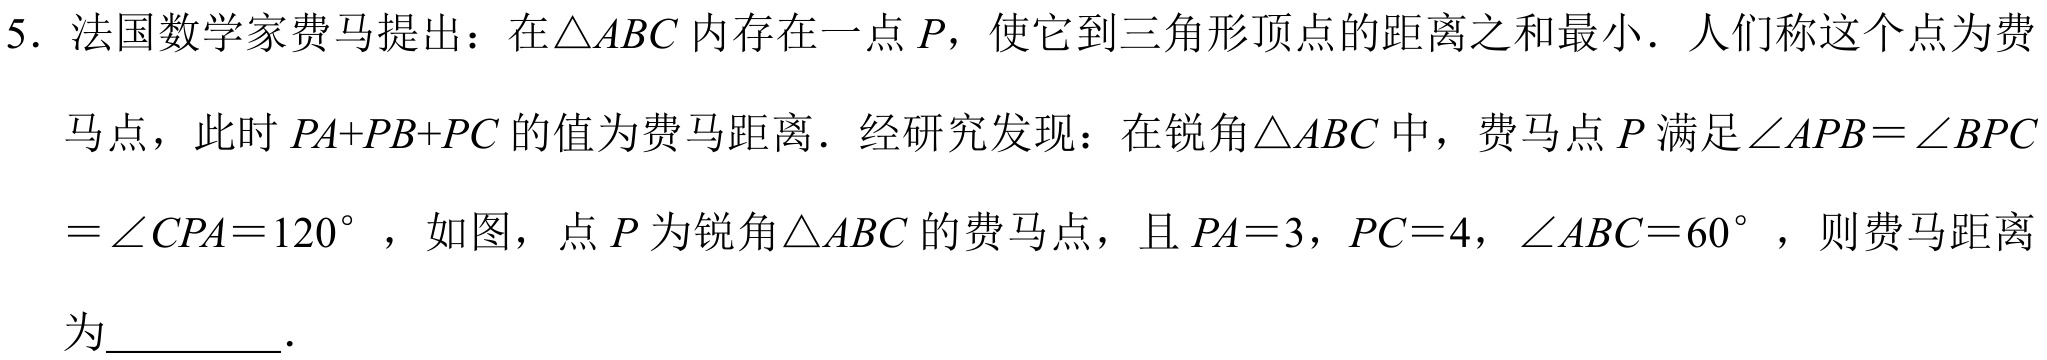
5. 法国数学家费马提出：在\(\triangle ABC\)内存在一点\(P\)，使它到三角形顶点的距离之和最小．人们称这个点为费马点，此时\(PA + PB + PC\)的值为费马距离．经研究发现：在锐角\(\triangle ABC\)中，费马点\(P\)满足\(\angle APB=\angle BPC=\angle CPA = 120^{\circ}\)，如图，点\(P\)为锐角\(\triangle ABC\)的费马点，且\(PA = 3\)，\(PC = 4\)，\(\angle ABC = 60^{\circ}\)，则费马距离为_________．